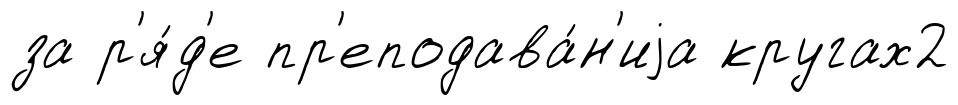
за р'я́д'е пр'еподава́н'иjа кругах2